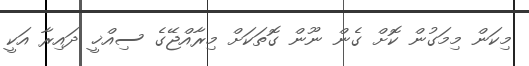
މިކަން މިމަގުން ކޮށް ގެން ނޫން ގޮތަކަށް މިރާއްޖޭގެ ސިއްޚީ ދައިރާ އަކީ